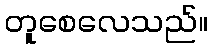
တူစေလေသည်။